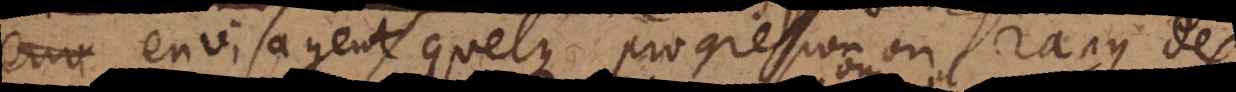
envisagent quelque progression ou rang des